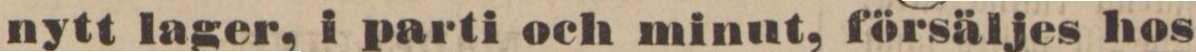
nytt lager, i parti och minut, försäljes hos